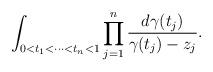
LaTeX: \begin{align*}\int_{0<t_{1}<\cdots<t_{n}<1}\prod_{j=1}^{n}\frac{d\gamma(t_{j})}{\gamma(t_{j})-z_{j}}.\end{align*}